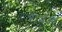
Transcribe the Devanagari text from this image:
रामेआ